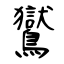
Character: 鸑